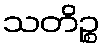
သတိဉ္စ